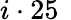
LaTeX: i\cdot 25\, \